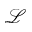
\mathscr { L }